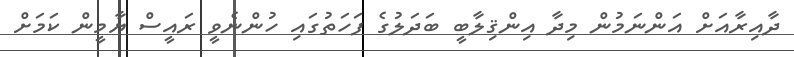
ދާއިރާއަށް އަންނަމުން މިދާ އިންޤިލާބީ ބަދަލުގެ ފަހަތުގައި ހުންނެވީ ރައީސް ޔާމީން ކަމަށް